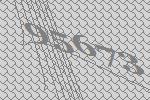
95673